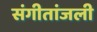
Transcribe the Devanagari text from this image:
संगीतांजली